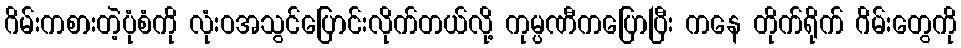
ဂိမ်းကစားတဲ့ပုံစံကို လုံးဝအသွင်ပြောင်းလိုက်တယ်လို့ ကုမ္ပဏီကပြောပြီး ကနေ တိုက်ရိုက် ဂိမ်းတွေကို